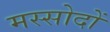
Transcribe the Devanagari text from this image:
मस्सोदों